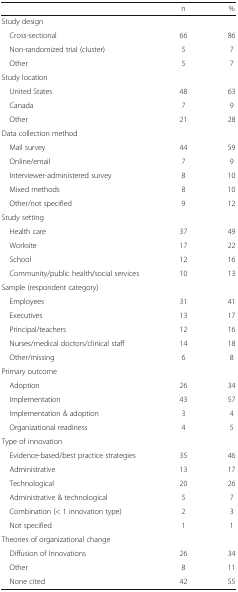
|  | n | % |
 | --- | --- | --- |
 | <COLSPAN=3> Study design |
 | Cross-sectional | 66 | 86 |
 | Non-randomized trial (cluster) | 5 | 7 |
 | Other | 5 | 7 |
 | <COLSPAN=3> Study location |
 | United States | 48 | 63 |
 | Canada | 7 | 9 |
 | Other | 21 | 28 |
 | <COLSPAN=3> Data collection method |
 | Mail survey | 44 | 59 |
 | Online/email | 7 | 9 |
 | Interviewer-administered survey | 8 | 10 |
 | Mixed methods | 8 | 10 |
 | Other/not specified | 9 | 12 |
 | <COLSPAN=3> Study setting |
 | Health care | 37 | 49 |
 | Worksite | 17 | 22 |
 | School | 12 | 16 |
 | Community/public health/social services | 10 | 13 |
 | <COLSPAN=3> Sample (respondent category) |
 | Employees | 31 | 41 |
 | Executives | 13 | 17 |
 | Principal/teachers | 12 | 16 |
 | Nurses/medical doctors/clinical staff | 14 | 18 |
 | Other/missing | 6 | 8 |
 | <COLSPAN=3> Primary outcome |
 | Adoption | 26 | 34 |
 | Implementation | 43 | 57 |
 | Implementation & adoption | 3 | 4 |
 | Organizational readiness | 4 | 5 |
 | <COLSPAN=3> Type of innovation |
 | Evidence-based/best practice strategies | 35 | 46 |
 | Administrative | 13 | 17 |
 | Technological | 20 | 26 |
 | Administrative & technological | 5 | 7 |
 | Combination (< 1 innovation type) | 2 | 3 |
 | Not specified | 1 | 1 |
 | <COLSPAN=3> Theories of organizational change |
 | Diffusion of Innovations | 26 | 34 |
 | Other | 8 | 11 |
 | None cited | 42 | 55 |